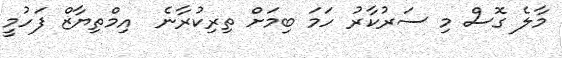
މާލެ ގޮސް މި ސަރުކާރު ހަމަ ބިމަށް ތިރިކުރާނެ  އިމްތިޔާޒް ފަހުމީ